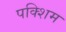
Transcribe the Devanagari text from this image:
पक्शिम